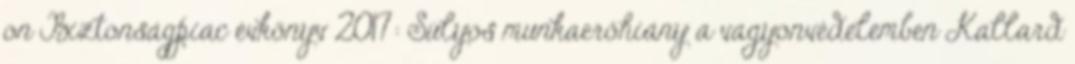
on Biztonságpiac évkönyv 2017: Súlyos munkaerőhiány a vagyonvédelemben Kallard